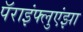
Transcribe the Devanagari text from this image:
पॅराइंफ्लुएंझा